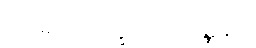
အမရာဝိက္ခေပဝါဒဝဏ္ဏနာ။